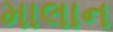
માલાન